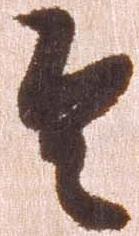
令